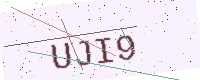
Text: UJI9